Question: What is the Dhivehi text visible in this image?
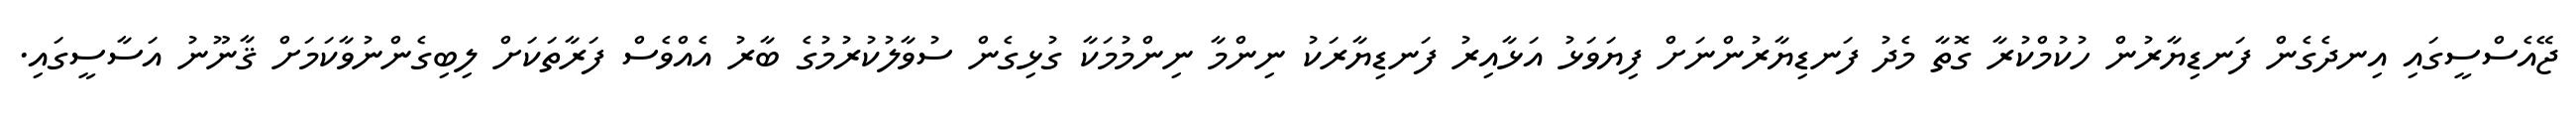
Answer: ޖޭއެސްސީގައި އިނދެގެން ފަނޑިޔާރުން ހުކުމްކުރާ ގޮތާ މެދު ފަނޑިޔާރުންނަށް ފިޔަވަޅު އަޅާއިރު ފަނޑިޔާރަކު ނިންމާ ނިންމުމަކާ ގުޅިގެން ސުވާލުކުރުމުގެ ބާރު އެއްވެސް ފަރާތަކަށް ލިބިގެންނުވާކަމަށް ޤާނޫނު އަސާސީގައި.